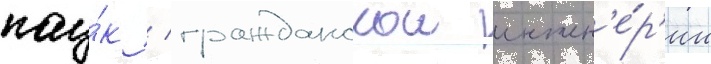
нау́к / гражданскои инжен'е́р'ии